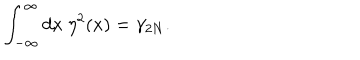
\int _ { - \infty } ^ { \infty } d x \ \eta ^ { 2 } ( x ) = \gamma _ { 2 N } .